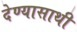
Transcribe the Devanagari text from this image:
देण्यासाथी